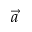
\vec { a }